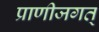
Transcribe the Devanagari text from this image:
प्राणीजगत्